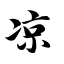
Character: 凉